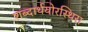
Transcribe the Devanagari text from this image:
शब्दार्थयोरस्थिरा